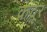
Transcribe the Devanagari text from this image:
कंदूर